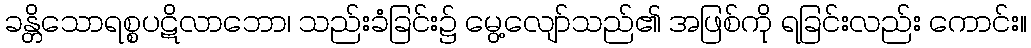
ခန္တိသောရစ္စပဋိလာဘော၊ သည်းခံခြင်း၌ မွေ့လျော်သည်၏ အဖြစ်ကို ရခြင်းလည်း ကောင်း။